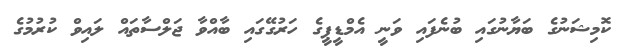
ކޮމިޝަނުގެ ބަޔާނުގައި ބުނެފައި ވަނީ އެމްޑީޕީގެ ހަރުގޭގައި ބާއްވާ ޖަލްސާތައް ލައިވް ކުރުމުގެ